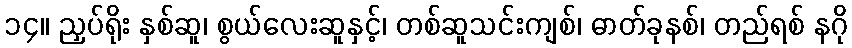
၁၄။ ညှပ်ရိုး နှစ်ဆူ၊ စွယ်လေးဆူနှင့်၊ တစ်ဆူသင်းကျစ်၊ ဓာတ်ခုနစ်၊ တည်ရစ် နဂို